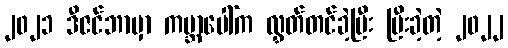
၂၀၂၁ ဒီဇင်ဘာမှာ ကမ္ဘာပေါ်က လွှတ်တင်ခဲ့ပြီး ပြီးခဲ့တဲ့ ၂၀၂၂